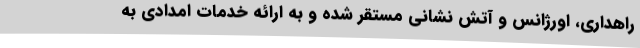
راهداری، اورژانس و آتش نشانی مستقر شده و به ارائه خدمات امدادی به